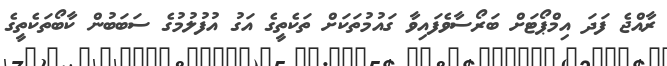
ރާއްޖެ ފަދަ އިމްޕޯޓަށް ބަރޯސާވެފައިވާ ގައުމުތަކަށް ތަކެތީގެ އަގު އުފުލުމުގެ ސަބަބުން ކާބޯތަކެތީގެ